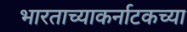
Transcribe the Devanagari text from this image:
भारताच्याकर्नाटकच्या